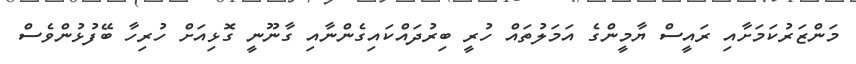
މަންޒަރުކަމަށާއި ރައީސް ޔާމީންގެ އަމަލުތައް ހުރީ ބިރުދައްކައިގެންނާއި ގާނޫނީ ގޮޅިއަށް ހުރިހާ ބޭފުޅުންވެސް